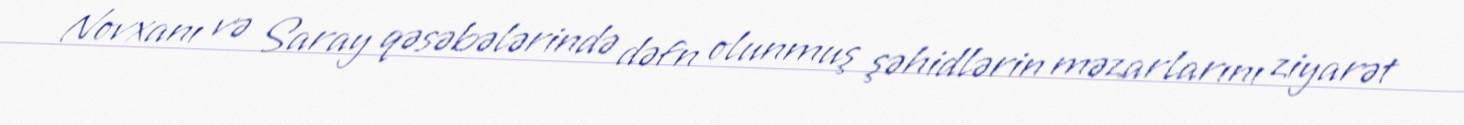
Novxanı və Saray qəsəbələrində dəfn olunmuş şəhidlərin məzarlarını ziyarət